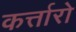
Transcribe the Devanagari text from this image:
कर्त्तारो